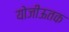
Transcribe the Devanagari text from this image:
योजीऊतक